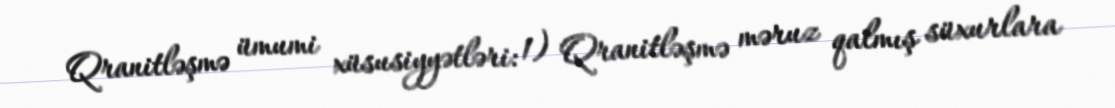
Qranitləşmə ümumi xüsusiyyətləri: 1) Qranitləşmə məruz qalmış süxurlara